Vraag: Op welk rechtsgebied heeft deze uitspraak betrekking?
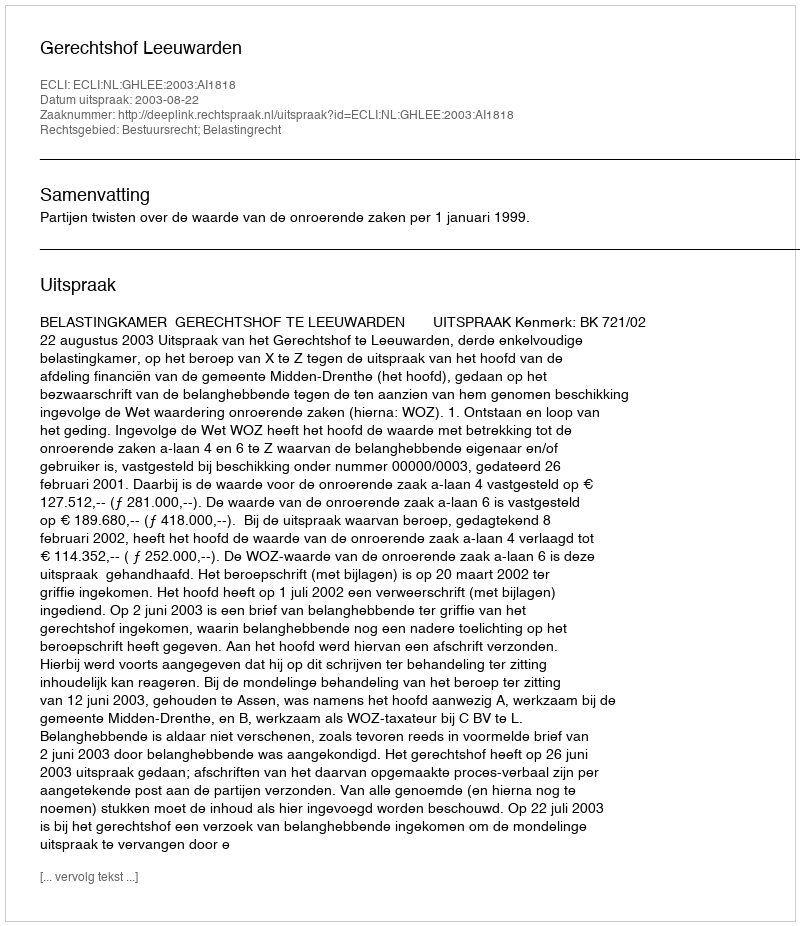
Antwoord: Bestuursrecht; Belastingrecht